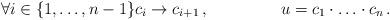
LaTeX: \begin{align*} \forall i\in\{1,\ldots,n-1\}c_i&\to c_{i+1}\,,&u&=c_1\cdot\ldots\cdot c_n\,.\end{align*}